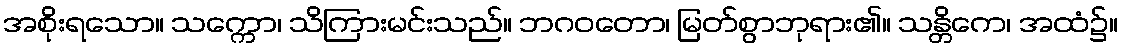
အစိုးရသော။ သက္ကော၊ သိကြားမင်းသည်။ ဘဂဝတော၊ မြတ်စွာဘုရား၏။ သန္တိကေ၊ အထံ၌။